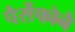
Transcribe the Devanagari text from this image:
पैर्सेफोनै